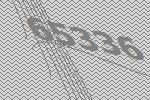
65336